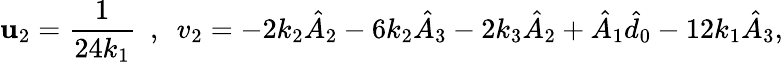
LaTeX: \mathbf{u}_{2}=\frac{{1}}{{24k_{1}}}~~,~~v_{2}=-2k_{2}\hat{{A}}_{2}-6k_{2}\hat{{A}}_{3}-2k_{3}\hat{{A}}_{2}+\hat{{A}}_{1}\hat{{d}}_{0}-12k_{1}\hat{{A}}_{3},